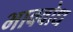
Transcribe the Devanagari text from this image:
भाववोध